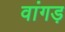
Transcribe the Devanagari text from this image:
वांगड़